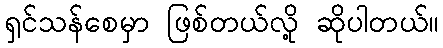
ရှင်သန်စေမှာ ဖြစ်တယ်လို့ ဆိုပါတယ်။